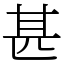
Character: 甚